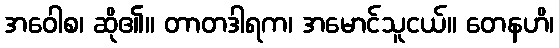
အဝေါစ၊ ဆို၏။ တာတဒါရက၊ အမောင်သူငယ်။ တေနဟိ၊